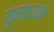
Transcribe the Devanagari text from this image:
युगाध्यक्षं